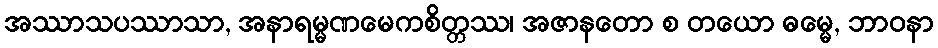
အဿာသပဿာသာ, အနာရမ္မဏမေကစိတ္တဿ၊ အဇာနတော စ တယော ဓမ္မေ, ဘာဝနာ